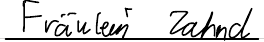
Fräulein Zahnd